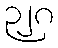
၃၂၈